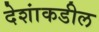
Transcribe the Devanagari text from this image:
देशांकडील